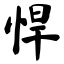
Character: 悍